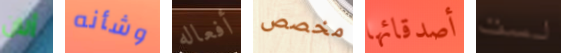
ألآن وشأنه أفعاله مخصص أصدقائها لست